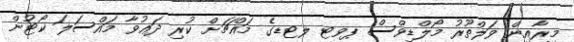
މީރާއިން ވަލްތޫރު މޯލްޑިވްސް ޕވޓ ލޓޑގެ މައްޗަށް ކުރި ދަޢުވާ މައްސަލަ ކޯޓުން